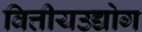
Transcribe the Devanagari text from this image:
वित्तीयउद्योग